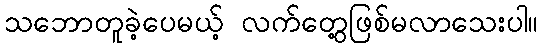
သဘောတူခဲ့ပေမယ့် လက်တွေ့ဖြစ်မလာသေးပါ။